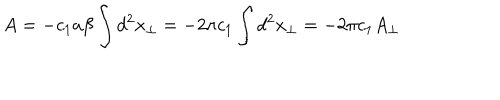
A = - c _ { 1 } a \beta \int d ^ { 2 } x _ { \perp } = - 2 \pi c _ { 1 } \int d ^ { 2 } x _ { \perp } = - 2 \pi c _ { 1 } A _ { \perp }